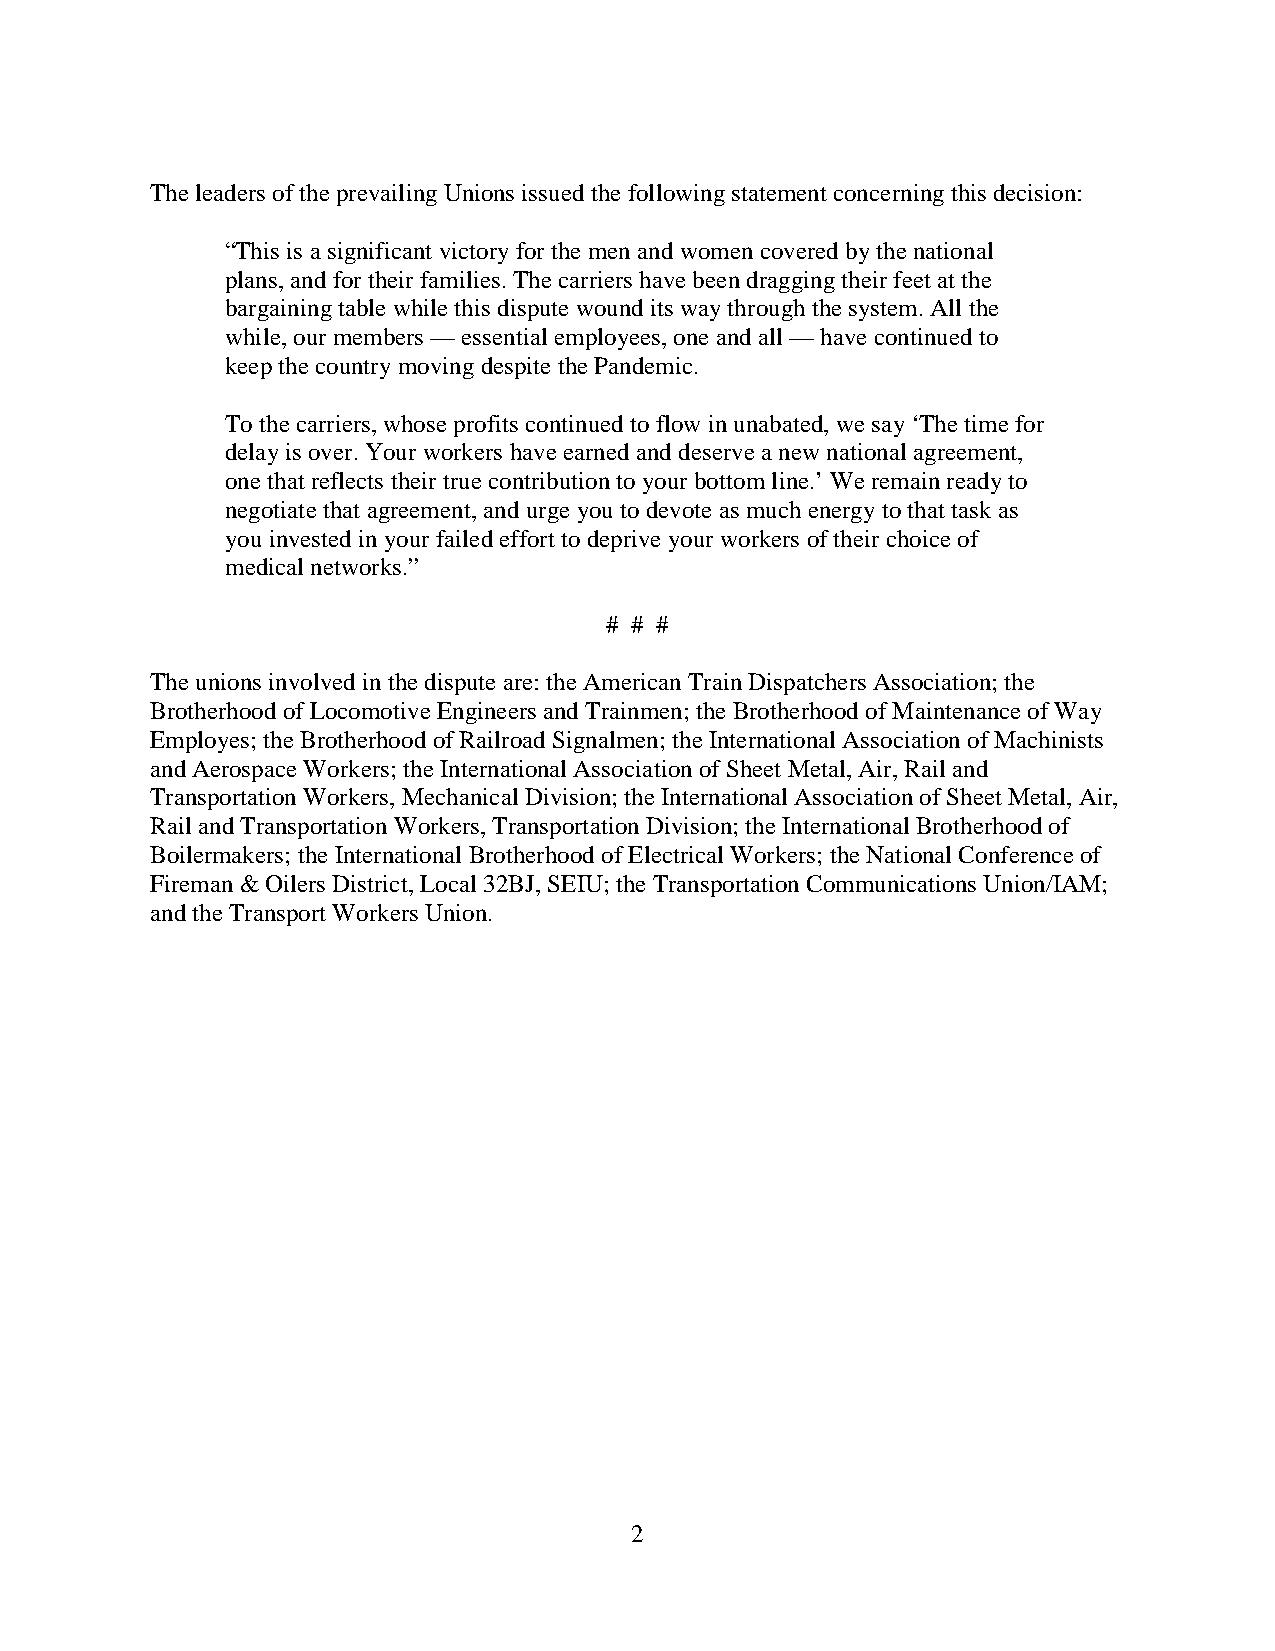
The leaders of the prevailing Unions issued the following statement concerning this decision:
 “This is a significant victory for the men and women covered by the national
 plans, and for their families. The carriers have been dragging their feet at the
 bargaining table while this dispute wound its way through the system. All the
 while, our members — essential employees, one and all — have continued to
 keep the country moving despite the Pandemic.
 To the carriers, whose profits continued to flow in unabated, we say ‘The time for
 delay is over. Your workers have earned and deserve a new national agreement,
 one that reflects their true contribution to your bottom line.’ We remain ready to
 negotiate that agreement, and urge you to devote as much energy to that task as
 you invested in your failed effort to deprive your workers of their choice of
 medical networks.”
 # # #
 The unions involved in the dispute are: the American Train Dispatchers Association; the
 Brotherhood of Locomotive Engineers and Trainmen; the Brotherhood of Maintenance of Way
 Employes; the Brotherhood of Railroad Signalmen; the International Association of Machinists
 and Aerospace Workers; the International Association of Sheet Metal, Air, Rail and
 Transportation Workers, Mechanical Division; the International Association of Sheet Metal, Air,
 Rail and Transportation Workers, Transportation Division; the International Brotherhood of
 Boilermakers; the International Brotherhood of Electrical Workers; the National Conference of
 Fireman & Oilers District, Local 32BJ, SEIU; the Transportation Communications Union/IAM;
 and the Transport Workers Union.
 2